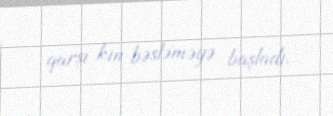
qarşı kin bəsləməyə başladı.